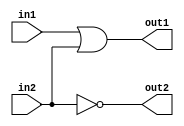
`timescale 1ns / 1ps
//////////////////////////////////////////////////////////////////////////////////
// Company: 
// Engineer: 
// 
// Design Name: 
// Module Name: first_system_delay
// Project Name: 
// Target Devices: 
// Tool Versions: 
// Description: 
// 
// Dependencies: 
// 
// Revision:
// Revision 0.01 - File Created
// Additional Comments:
// 
//////////////////////////////////////////////////////////////////////////////////


module first_system_delay(out1,out2,in1,in2);

//port definitions
input in1,in2;
output out1,out2;

//description of the digital system
//dataflow modeling

assign out1 = in1 & ^ in1 | in2;
assign #20 out2 = ~ in2;

//Output 20ns ge ileniyor

endmodule